Vaccination North-Western Provinces and Oudh 1896-1901 - 1896-1901
Year: 1896
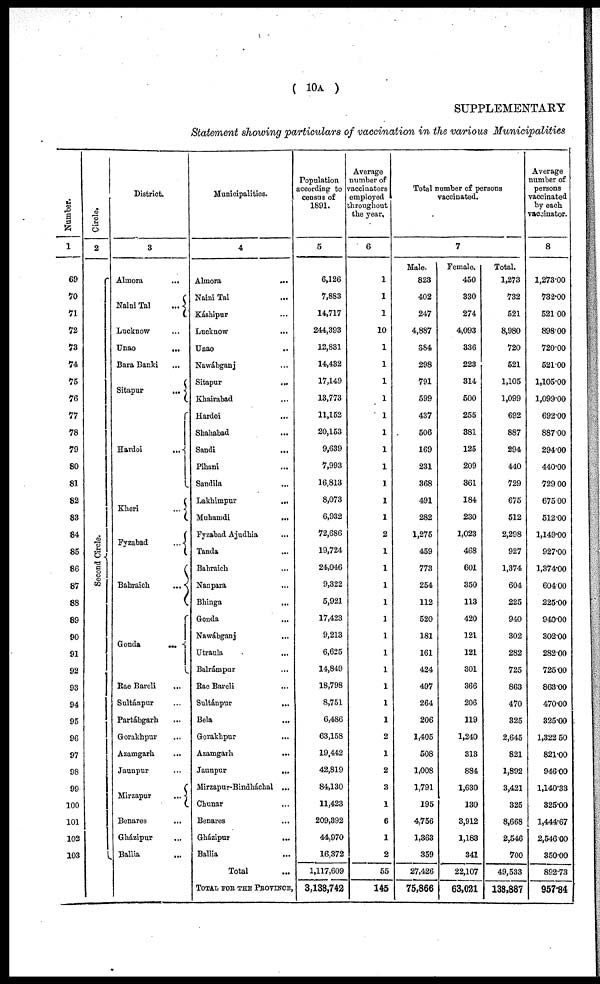
( 10A )
SUPPLEMENTARY
Statement showing particulars of vaccination in the various Municipalities
Number.
1
69
70
71
72
73
74
75
76
77
78
79
80
81
82
83
84
85
66
87
88
89
90
91
92
93
94
95
96
97
98
99
100
101
102
103
Circle.
2
Second Circle.
District.
3
Almora ...
Naini Tal
...
Lucknow ...
Unao
...
Bara Banki ...
Sitapur
...
Hardoi
...
Kheri
...
Fyzabad
...
Bahraich
...
Gonda
...
Rae Bareli...
Sultánpur...
Partábgarbh ...
Gorakhpur ...
Azamgarh
...
Jaunpur ...
Mirzapur
...
Benares ...
Gházipur ...
Ballia ...
Municipalities.
4
Almora ...
Naini Tal ...
Káshipur ...
Lucknow ...
Unao ...
Nawábganj ...
Sitapur
...
Khairabad ...
Hardoi ...
Shahabad ...
Sandi ...
Pihani ...
Sandila ...
Lakhimpur
...
Muhamdi
...
Fyzabad Ajudhia ...
Tanda ...
Bahraich ...
Nanpara ...
Bhinga ...
Gonda ...
Nawábganj ...
Utraula
...
Balrámpur...
Rae Bareli...
Sultánpur
...
Bela ...
Gorakhpur ...
Azamgarh ...
Jaunpur
...
Mirzapur-Bindháchal ...
Chunar ...
Benares ...
Gházipur
...
Ballia ...
Total
TOTAL FOR THE PROVINCE,
Population
according to
census of
1891.
5
6,126
7,883
14,717
244,393
12,831
14,432
17,149
13,773
11,152
20,153
9,639
7,993
16,813
8,073
6,932
72,686
19,724
24,046
9,322
5,921
17,423
9,213
6,625
14,849
18,798
8,751
6,486
63,158
19,442
42,819
84,130
11,423
209,392
44,970
16,372
1,117,609
3,138,742
Average
number of
vaccinators
employed
throughout
the year.
6
1
1
1
10
1
1
1
1
1
1
1
1
1
1
1
2
1
1
1
1
1
1
1
1
1
1
1
2
1
2
3
1
6
1
2
55
145
Total number of persons
vaccinated.
7
Male.
823
402
247
4,887
384
298
791
599
437
506
169
231
368
491
282
1,275
459
773
254
112
520
181
161
424
497
264
206
1,405
508
1,008
1,791
195
4,756
1,363
359
27,426
75,866
Female.
450
330
274
4,093
336
223
314
500
255
381
125
209
361
184
230
1,023
468
601
350
113
420
121
121
301
366
206
119
1,240
313
884
1,630
130
3,912
1,183
341
22,107
63,021
Total.
1,273
732
521
8,980
720
521
1,105
1,099
692
887
294
440
729
675
512
2,298
927
1,374
604
225
940
302
282
725
863
470
325
2,645
821
1,892
3,421
325
8,668
2,546
700
49,533
138,887
Average
number of
persons
vaccinated
by each
vaccinator.
8
1,273.00
732.00
521.00
898.00
720.00
521.00
1,105.00
1,099.00
692.00
887.00
294.00
440.00
729.00
675.00
512.00
1,149.00
927.00
1,374.00
604.00
225.00
940.00
302.00
282.00
725.00
863.00
470.00
325.00
1,322.50
821.00
946.00
1,140.33
325.00
1,444.67
2,546.00
350.00
892.73
957.84